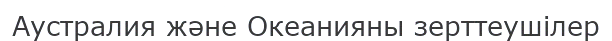
Аустралия және Океанияны зерттеушілер